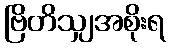
ဗြိတိသျှအစိုးရ